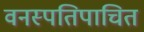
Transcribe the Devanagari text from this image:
वनस्पतिपाचित